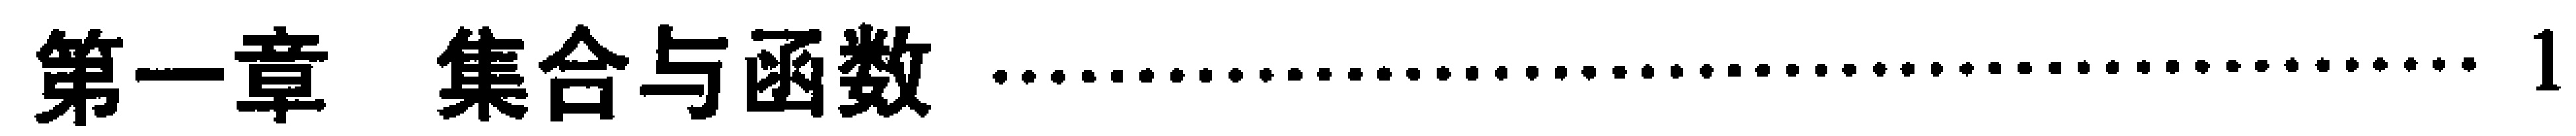
\chapter{集合与函数} \dotfill 1